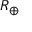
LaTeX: \scriptstyle R _ { \oplus }